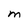
Character: M